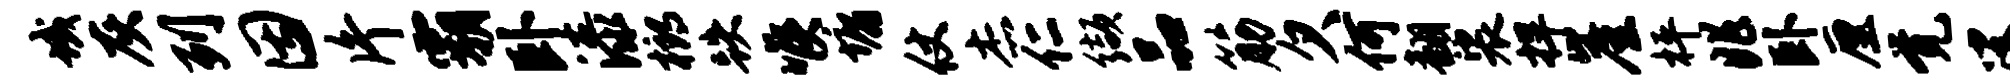
域灰列因片霸卧漆榔跌喉墉仗杰仁缬品筋欠何翻裟捍崖枰兆卧厘觉叟